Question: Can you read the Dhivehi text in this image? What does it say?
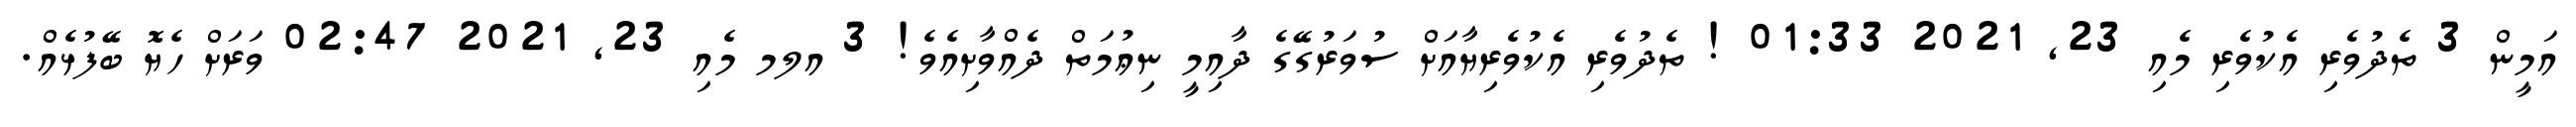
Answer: އަމީން 3 ތެދުވެރި އެކުވެރި މެއި 23, 2021 01:33 ! ތެދުވެރި އެކުވެރިޔާއަށް ސުވަރުގޭގެ ދާއިމީ ނިޢުމަތް ދެއްވާށިއެވެ! 3 އލމ މެއި 23, 2021 02:47 ވަރަށް ހެޔޮ ބޭފުޅެއް.